Burma Government Medical School reports 1923-41
Year: 1923
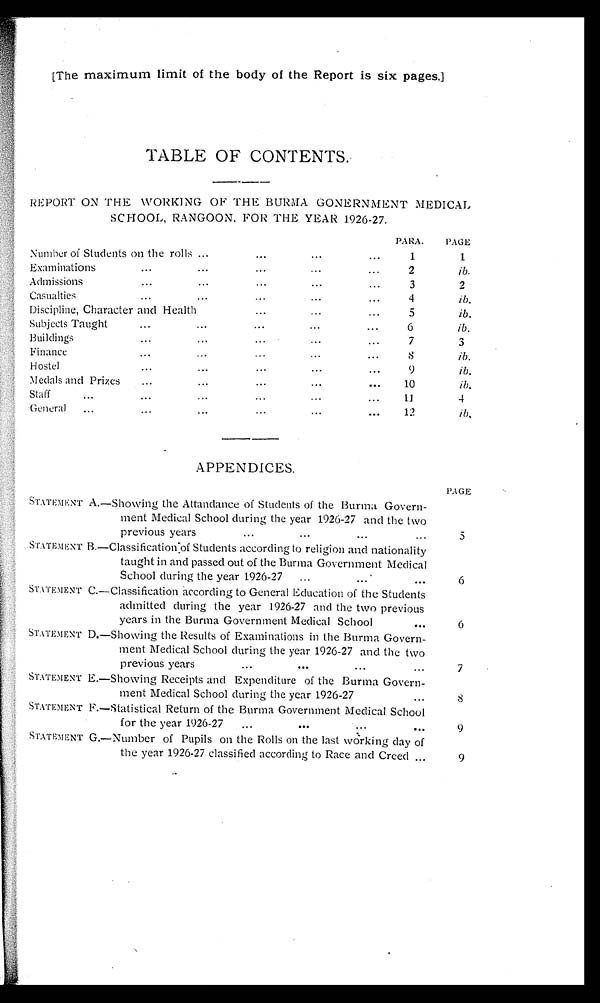
[The maximum limit of the body of the Report is six pages.]
TABLE OF CONTENTS.
REPORT ON THE WORKING OF THE BURMA GONERNMENT MEDICAL
SCHOOL, RANGOON, FOR THE YEAR 1926-27.
PARA.
PAGE
Number of Students on the rolls ... . . . . . . . . .
1
1
Examinations
... ... ...
...
...
2
ib.
Admissions
...
...
...
...
...
3
2
Casualties
... ... ...
...
...
4
ib.
Discipline, Character and Health
...
...
...
5
ib.
Subjects Taught
...
...
...
...
...
6
ib.
Buildings
...
...
...
... ...
7
3
Finance...... ... ...
...
...
8
ib.
Hostel ...
...
... ... ... ...
9
ib.
Medals and Prizes
...
...
...
...
...
10
ib.
Staff...
...
...
...
...
...
11
4
General ...
...
...
...
...
...
12
ib.
APPENDICES.
PAGE
STATEMENT A. —Showing the Attandance of Students of the Burma Govern-
ment Medical School during the year 1926-27 and the two
previous years
...
...
. . . . . .
5
STATEMENT
B.—
Classification of Students according to religion and nationality
taught in and passed out of the Burma Government Medical
School during the year 1926-27 ...
...
. . .
6
STATEMENT C.— Classification according to General Education of the Students
admitted during the year 1926-27 and the two previous
years in the Burma Government Medical School
...
6
STATEMENT D.
—
Showing the Results of Examinations in the Burma Govern-
ment Medical School during the year 1926-27 and the two
previous years ...
...
. . . . . .
7
STATEMENT E. — Showing Receipts and Expenditure of the Burma Govern-
ment Medical School during the year 1926-27
...
8
STATEMENT F.— Statistical Return of the Burma Government Medical School
for the year 1926-27
...
... ...
...
9
STATEMENT G.— Number of Pupils on the Rolls on the last working day of
the year 1926-27 classified according to Race and Creed
...
9